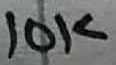
Text: 10K